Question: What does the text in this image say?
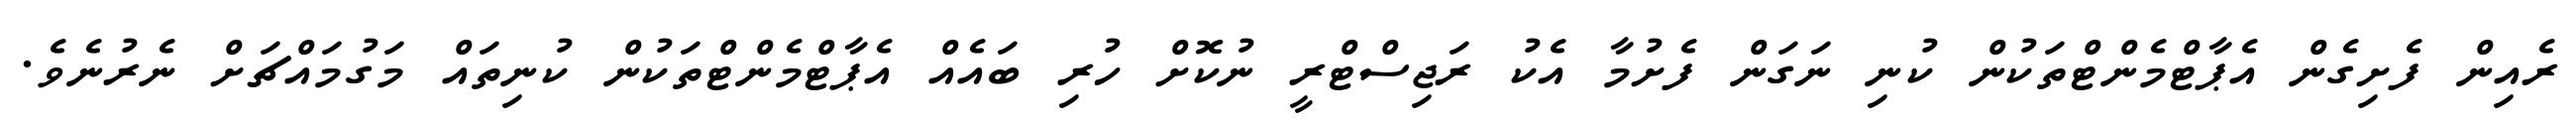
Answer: ރެއިން ފެށިގެން އެޕާޓްމެންޓްތަކުން ކުނި ނަގަން ފެށުމާ އެކު ރަޖިސްޓްރީ ނުކޮށް ހުރި ބައެއް އެޕާޓްމެންޓްތަކުން ކުނިތައް މަގުމައްޗަށް ނެރުނެވެ.